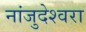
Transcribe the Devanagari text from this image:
नांजुदेश्‍वरा